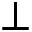
\perp